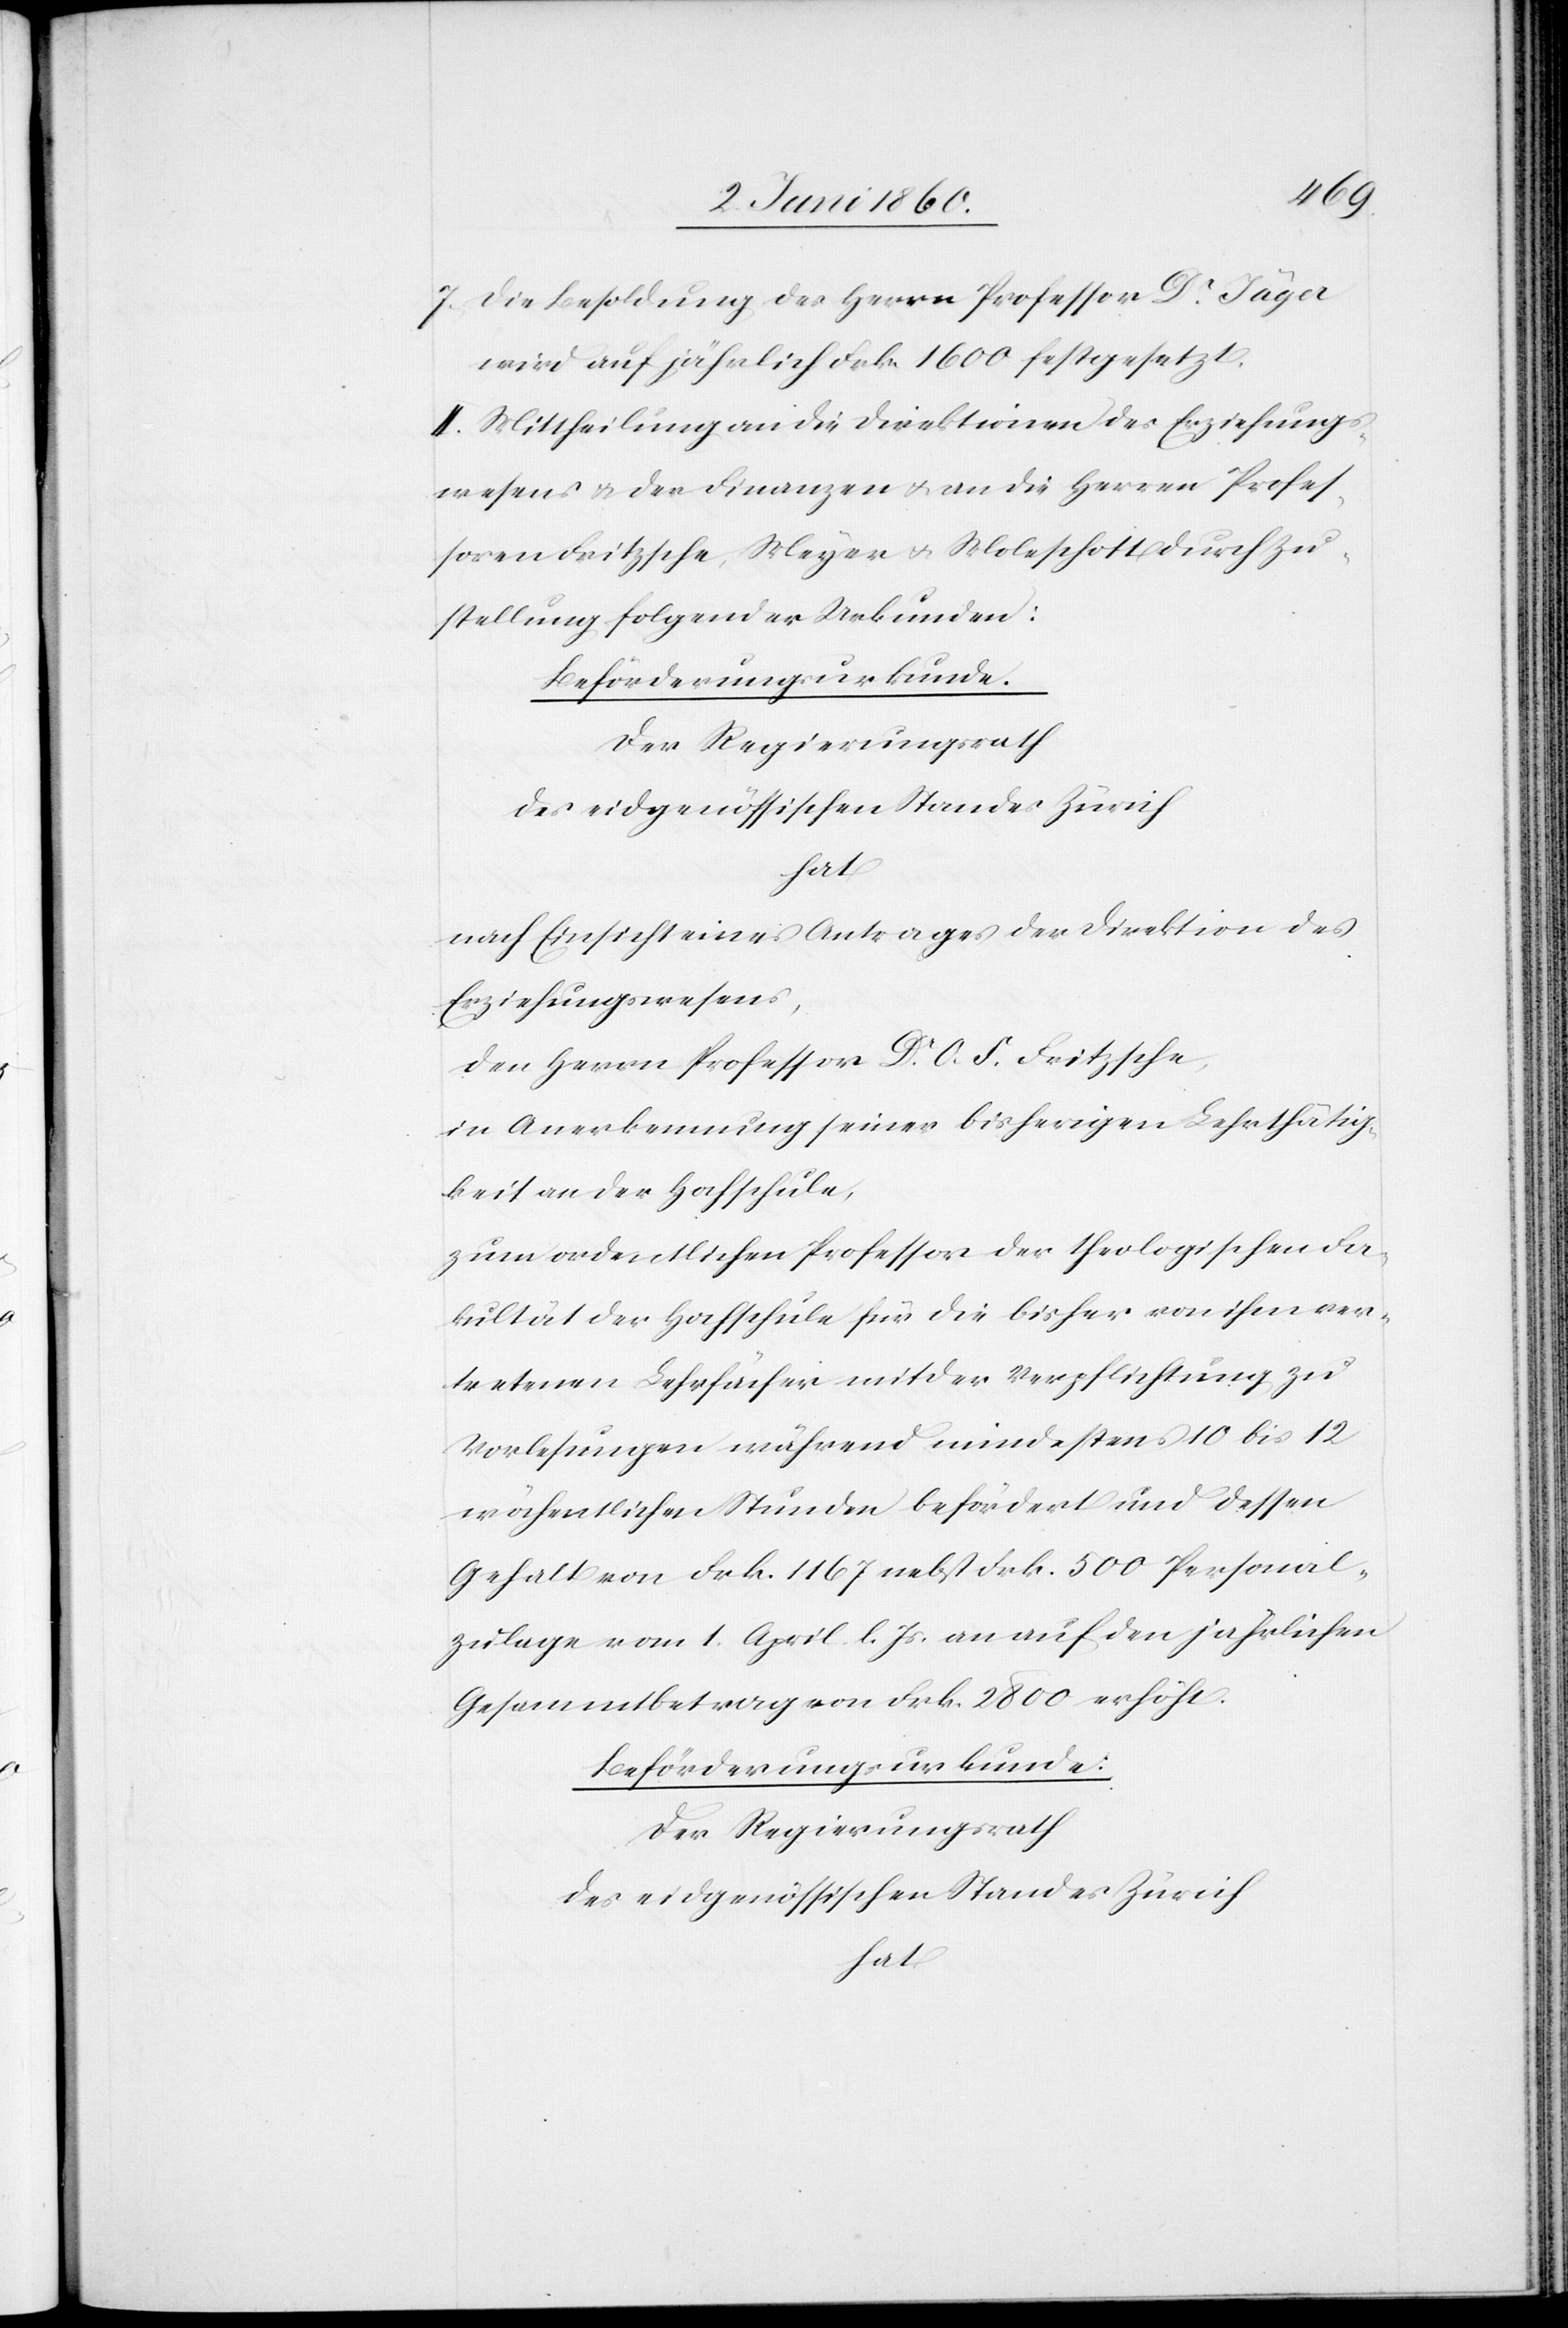
7. Die Besoldung des Herrn Professor Dr Jäger
wird auf jährlich Frk. 1600 festgesetzt.
II. Mittheilung an die Direktionen des Erziehungs¬
wesens u. der Finanzen u. an die Herren Profes¬
sor Fritzsche, Meyer u. Moleschott durch Zu¬
stellung folgender Urkunden:
Der Regierungsrath
des eidgenössischen Standes Zürich
hat
nach Einsicht eines Antrages der Direktion des
Erziehungswesens,
den Herrn Professor Dr O. S. Fritzsche,
in Anerkennung seiner bisherigen Lehrthätig¬
keit an der Hochschule,
zum ordentlichen Professor der theologischen Fa¬
kultät der Hochschule für die bisher von ihm ver¬
tretenen Lehrfächer mit der Verpflichtung zu
Vorlesungen während mindestens 10 bis 12
wöchentlichen Stunden befördert und dessen
Gehalt von Frk. 1167 nebst Frk. 500 Personal¬
zulage vom 1. April l. Js. an auf den jährlichen
Gesammtbetrag von Frk. 2800 erhöht.
Beförderungsurkunde:
Der Regierungsrath
des eidgenössischen Standes Zürich
hat